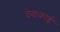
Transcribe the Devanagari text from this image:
देवाकाई